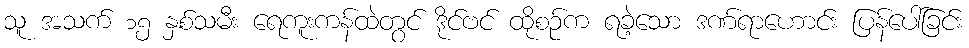
သူ အသက် ၁၅ နှစ်သမီး ရေကူးကန်ထဲတွင် ဒိုင်ဗင် ထိုစဉ်က ရခဲ့သော ဒဏ်ရာဟောင်း ပြန်ပေါ်ခြင်း